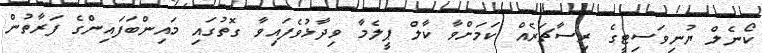
ކޯނެލް ޔުނިވަސިޓީގެ ރިސާޗަރެއް ކަމަށްވާ ކާލް ޕީލެމާ ވިދާޅުވެފައިވާ ގޮތުގައި މައިންބަފައިންގެ ފަރާތުން